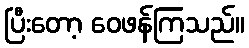
ပြီးတော့ ဝေဖန်ကြသည်။